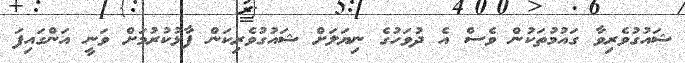
ޝައުގުވެރިވާ ގައުމުތަކުން ވެސް އެ ދުވަހުގެ ނިޔަލަށް ޝައުގުވެރިކަން ފާޅުކުރުމަށް ވަނީ އަންގައިފަ